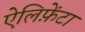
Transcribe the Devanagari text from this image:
ऐलिफ़ेंटा